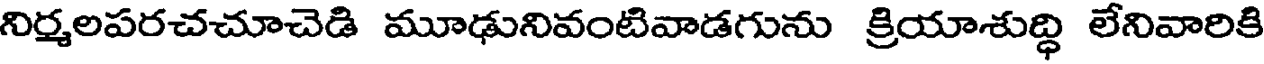
నిర్మలపరచచూచెడి మూఢునివంటివాడగును క్రియాశుద్ధి లేనివారికి